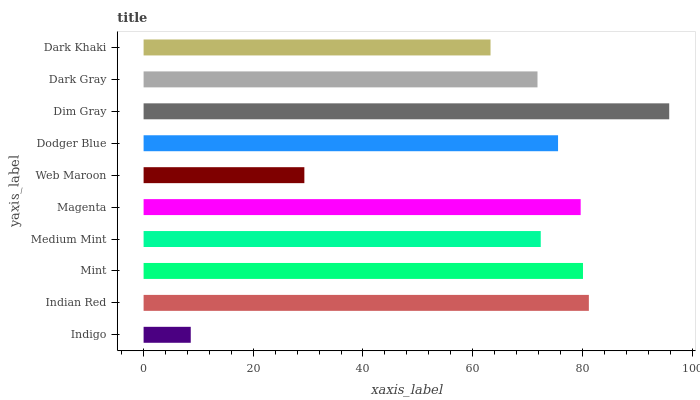
| yaxis_label | bars |
 | --- | --- |
 | Indigo | 8.6 |
 | Indian Red | 81.2 |
 | Mint | 80.1 |
 | Medium Mint | 72.4 |
 | Magenta | 79.7 |
 | Web Maroon | 29.3 |
 | Dodger Blue | 75.6 |
 | Dim Gray | 95.8 |
 | Dark Gray | 71.8 |
 | Dark Khaki | 63.3 |